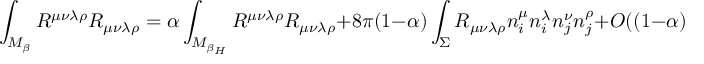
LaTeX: \int _ { { \cal M } _ { \beta } } R ^ { \mu \nu \lambda \rho } R _ { \mu \nu \lambda \rho } = \alpha \int _ { { \cal M } _ { \beta _ { H } } } R ^ { \mu \nu \lambda \rho } R _ { \mu \nu \lambda \rho } + 8 \pi ( 1 - \alpha ) \int _ { \Sigma } R _ { \mu \nu \lambda \rho } n _ { i } ^ { \mu } n _ { i } ^ { \lambda } n _ { j } ^ { \nu } n _ { j } ^ { \rho } + O ( ( 1 - \alpha ) ^ { 2 } ) ~ ~ ~ ,